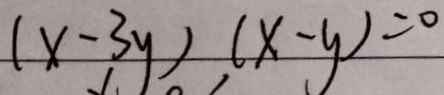
( x - 3 y ) ( x - y ) = 0